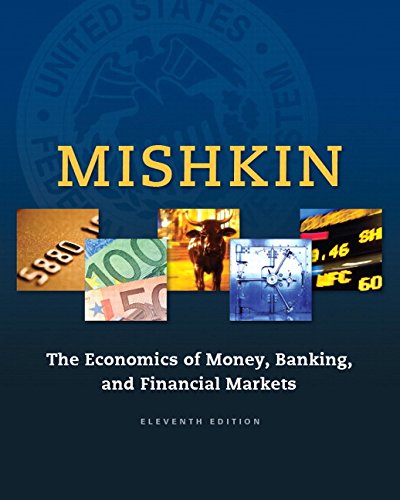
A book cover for The Economics of Money, Banking and Financial Markets (11th Edition) (The Pearson Series in Economics); Frederic S. Mishkin; Business & Money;